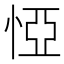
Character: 𢛟